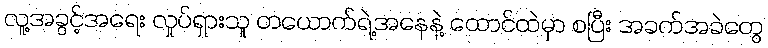
လူ့အခွင့်အရေး လှုပ်ရှားသူ တယောက်ရဲ့အနေနဲ့ ထောင်ထဲမှာ စပြီး အခက်အခဲတွေ